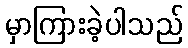
မှာကြားခဲ့ပါသည်